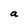
Character: a